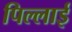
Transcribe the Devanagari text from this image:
पिल्लाई